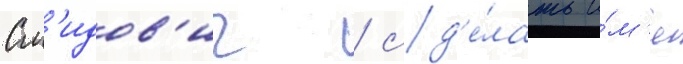
См'идов'ич / сд'е́лать и́м'я